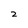
Character: 2